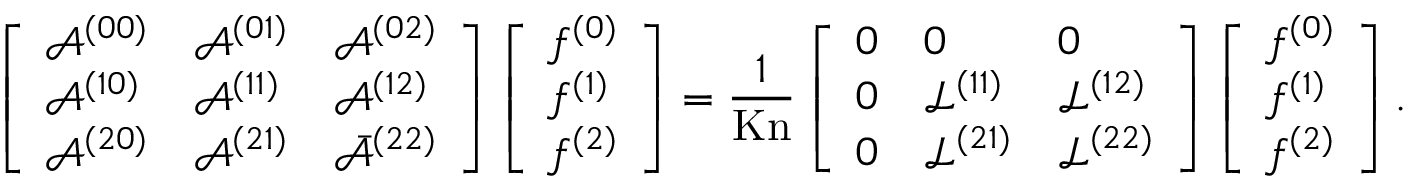
\left[ \begin{array} { l l l } { \mathcal { A } ^ { ( 0 0 ) } } & { \mathcal { A } ^ { ( 0 1 ) } } & { \mathcal { A } ^ { ( 0 2 ) } } \\ { \mathcal { A } ^ { ( 1 0 ) } } & { \mathcal { A } ^ { ( 1 1 ) } } & { \mathcal { A } ^ { ( 1 2 ) } } \\ { \mathcal { A } ^ { ( 2 0 ) } } & { \mathcal { A } ^ { ( 2 1 ) } } & { \bar { \mathcal { A } } ^ { ( 2 2 ) } } \end{array} \right] \left[ \begin{array} { l } { f ^ { ( 0 ) } } \\ { f ^ { ( 1 ) } } \\ { f ^ { ( 2 ) } } \end{array} \right] = \frac { 1 } { \mathrm { K n } } \left[ \begin{array} { l l l } { 0 } & { 0 } & { 0 } \\ { 0 } & { \mathcal { L } ^ { ( 1 1 ) } } & { \mathcal { L } ^ { ( 1 2 ) } } \\ { 0 } & { \mathcal { L } ^ { ( 2 1 ) } } & { \mathcal { L } ^ { ( 2 2 ) } } \end{array} \right] \left[ \begin{array} { l } { f ^ { ( 0 ) } } \\ { f ^ { ( 1 ) } } \\ { f ^ { ( 2 ) } } \end{array} \right] .